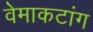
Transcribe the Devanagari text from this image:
वेमाकटांग